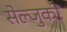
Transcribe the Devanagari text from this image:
सेल्जुकों